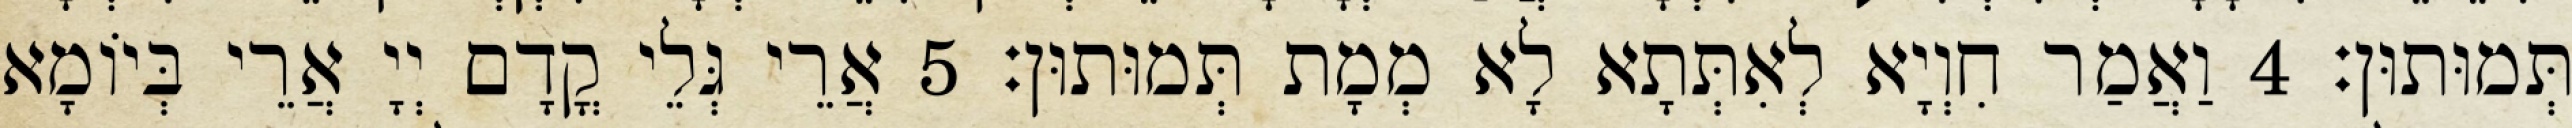
תְּמוּתוּן׃ 4 וַאֲמַר חִוְיָא לְאִתְּתָא לָא מְמָת תְּמוּתוּן׃ 5 אֲרֵי גְּלֵי קֳדָם יְיָ אֲרֵי בְּיוֹמָא